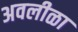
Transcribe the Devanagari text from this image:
अवलीळा